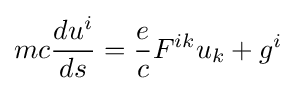
mc{\frac {du^{i}}{ds}}={\frac {e}{c}}F^{ik}u_{k}+g^{i}